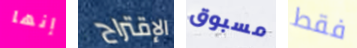
إنها الإقتراح مسبوق فقط